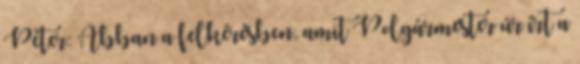
Péter: Abban a felkérésben, amit Polgármester úr írt a